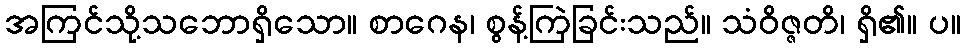
အကြင်သို့သဘောရှိသော။ စာဂေန၊ စွန့်ကြဲခြင်းသည်။ သံဝိဇ္ဇတိ၊ ရှိ၏။ ပ။